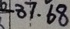
- 3 7 . 6 8